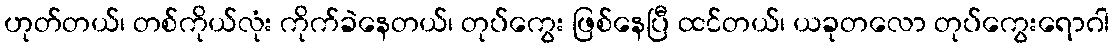
ဟုတ်တယ်၊ တစ်ကိုယ်လုံး ကိုက်ခဲနေတယ်၊ တုပ်ကွေး ဖြစ်နေပြီ ထင်တယ်၊ ယခုတလော တုပ်ကွေးရောဂါ